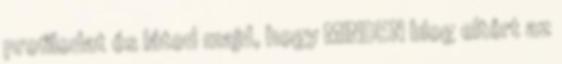
profilodat és látod majd, hogy MINDEN blog eltért az